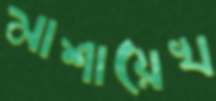
মাশায়েখ